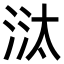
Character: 㳲